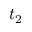
t _ { 2 }